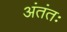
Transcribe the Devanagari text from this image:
अंतंतः